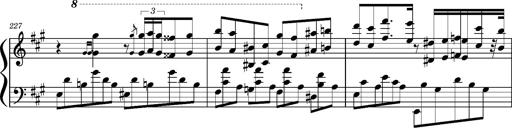
Title: Concerto sans orchestre, S.524a
Composer: Franz Liszt
Key: A major